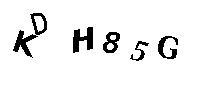
KDH85G